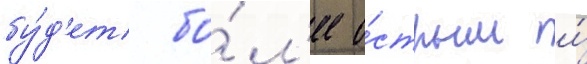
бу́д'ет бо́л'ее о́стрым и́